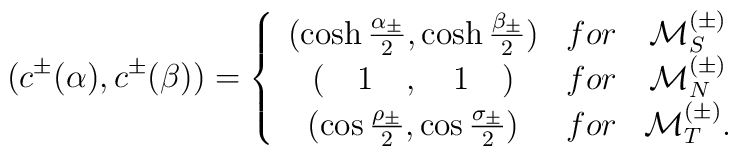
(c^{\pm}(\alpha),c^{\pm}(\beta))=\left\{\begin{array}{ccc}(\cosh\frac{\alpha_{\pm}}{2},\cosh\frac{\beta_{\pm}}{2})&for&{\cal M}_{S}^{(\pm)}\\(\quad1\quad,\quad1\quad)&for&{\cal M}_{N}^{(\pm)}\\(\cos\frac{\rho_{\pm}}{2},\cos\frac{\sigma_{\pm}}{2})&for&{\cal M}_{T}^{(\pm)}.\end{array}\right.